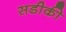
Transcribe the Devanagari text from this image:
सडीकी